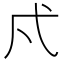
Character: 𭚠